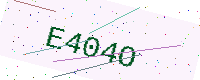
Text: E404O